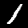
Digit: 1